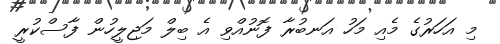
މި އަހަރުގެ މެއި މަހު އަނބުރާ ފޮނުއްވި އެ ބިލް މަޖިލީހުން ފާސްކުރީ